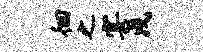
徊之宴戍